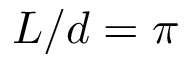
L / d = \pi